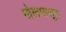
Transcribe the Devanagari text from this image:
गोलपासून